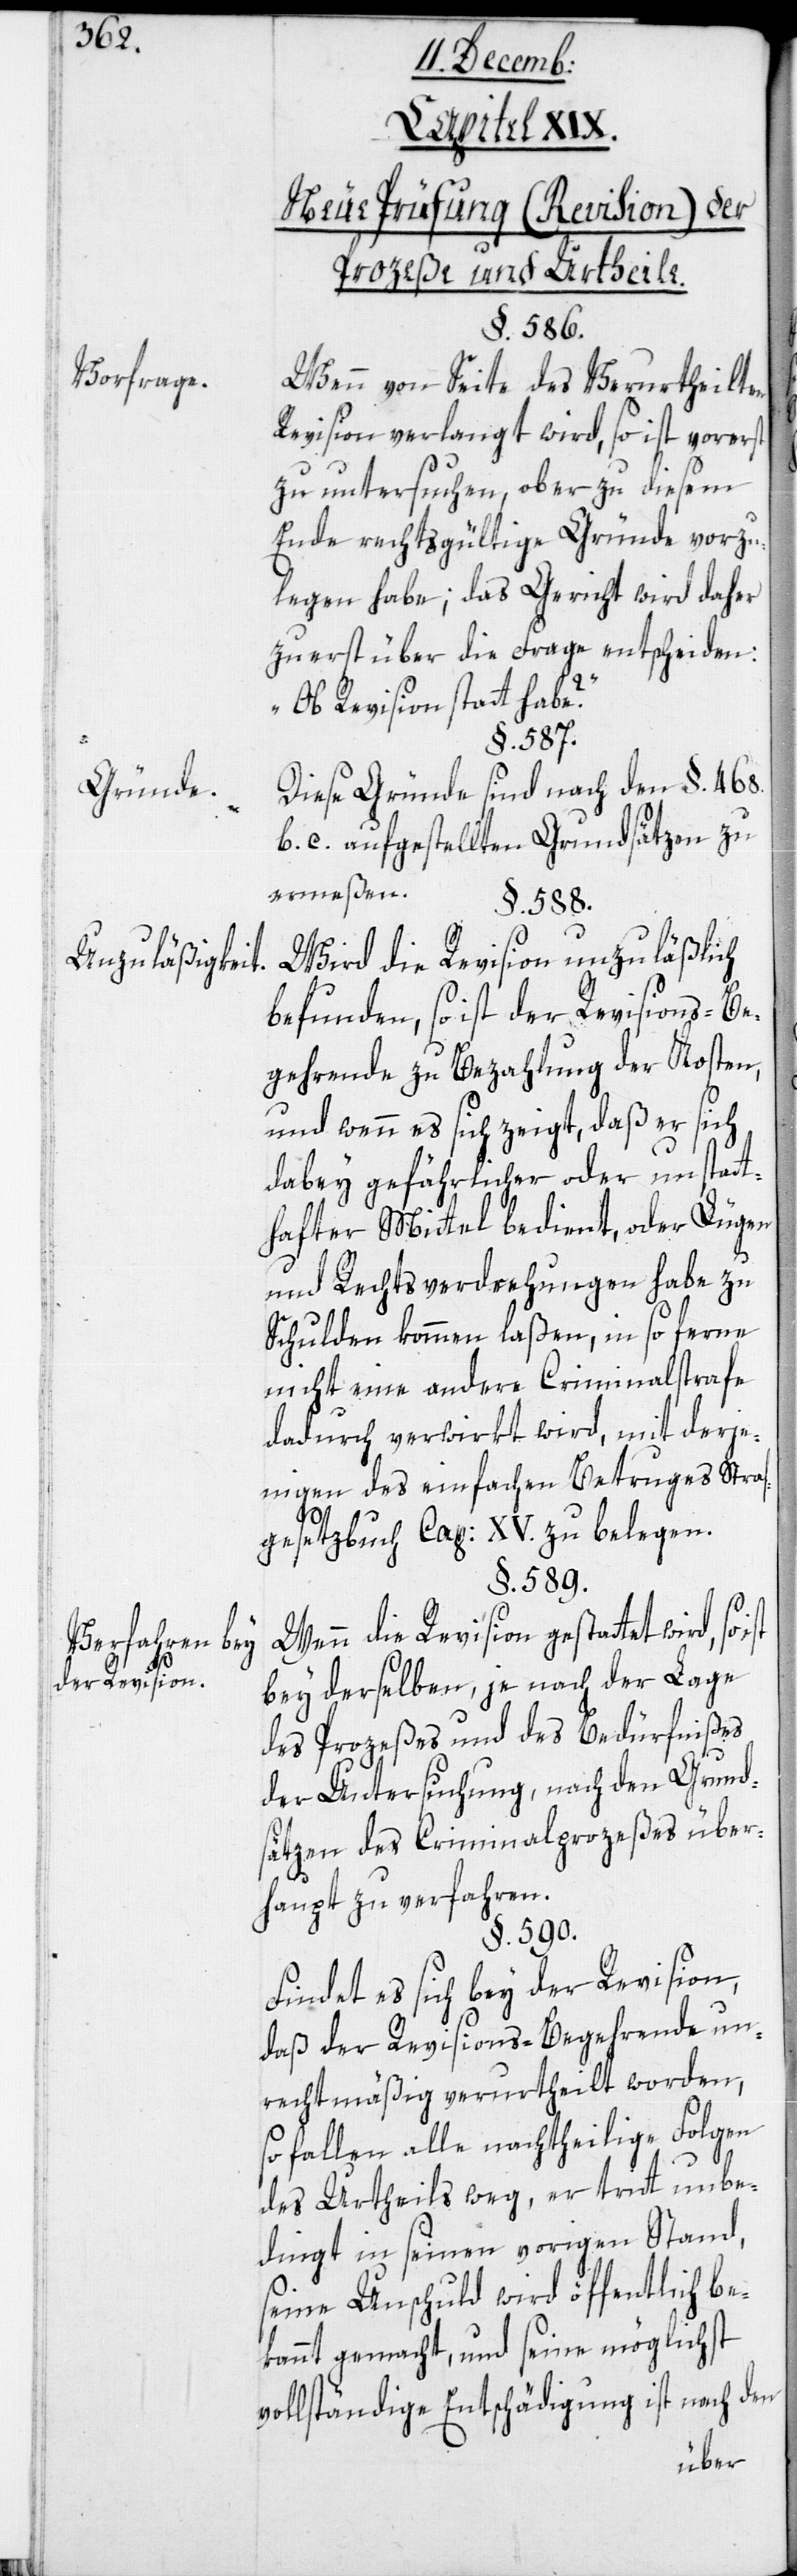
Gründe.
Unzuläßigkeit.
Verfahren bey
der Revision.

Neue Prüfung (Revision) der
Prozeße und Urtheile.
§. 586.
Wenn von Seite des Verurtheilten
Revision verlangt wird, so ist vorerst
zu untersuchen, ob er zu diesem
Ende rechtsgültige Gründe vorzu¬
legen habe; das Gericht wird daher
zuerst über die Frage entscheiden:
„Ob Revision statt habe?“
§. 587.
Diese Gründe sind nach den §. 468.
b. c. aufgestellten Grundsätzen zu
ermeßen.
§. 588.
Wird die Revision unzuläßlich
befunden, so ist der Revisions-Be¬
gehrende zu Bezahlung der Kosten,
und wenn es sich zeigt, daß er sich
dabey gefährlicher oder unstatt¬
hafter Mittel bedient, oder Lügen
und Rechtsverdrehungen habe zu
Schulden kommen laßen, in so ferne
nicht eine andere Criminalstrafe
dadurch verwirkt wird, mit derje¬
nigen des einfachen Betruges Straf¬
gesetzbuch Cap: XV. zu belegen.
§. 589.
Wenn die Revision gestattet wird, so
bey derselben, je nach der Lage
des Prozeßes und des Bedürfnißes
der Untersuchung, nach den Grund¬
sätzen des Criminalprozeßes über¬
haupt zu verfahren.
§. 590.
Findet es sich bey der Revision,
daß der Revisions-Begehrende un¬
rechtmäßig verurtheilt worden,
so fallen alle nachtheilige Folgen
des Urtheils weg, er tritt unbe¬
dingt in seinen vorigen Stand,
seine Unschuld wird öffentlich be¬
kannt gemacht, und seine möglichst
vollständige Entschädigung ist nach den